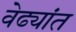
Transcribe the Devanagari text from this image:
वेढ्यांत